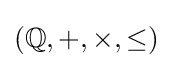
(\mathbb {Q} ,+,\times ,\leq )